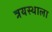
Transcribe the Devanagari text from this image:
त्रयस्थाला